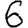
Digit: 6